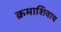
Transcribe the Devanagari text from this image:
क्रमाशिवाय